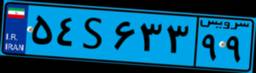
۸۹S۹۲۲۳۲